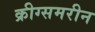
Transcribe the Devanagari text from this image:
क्रीग्समरीन